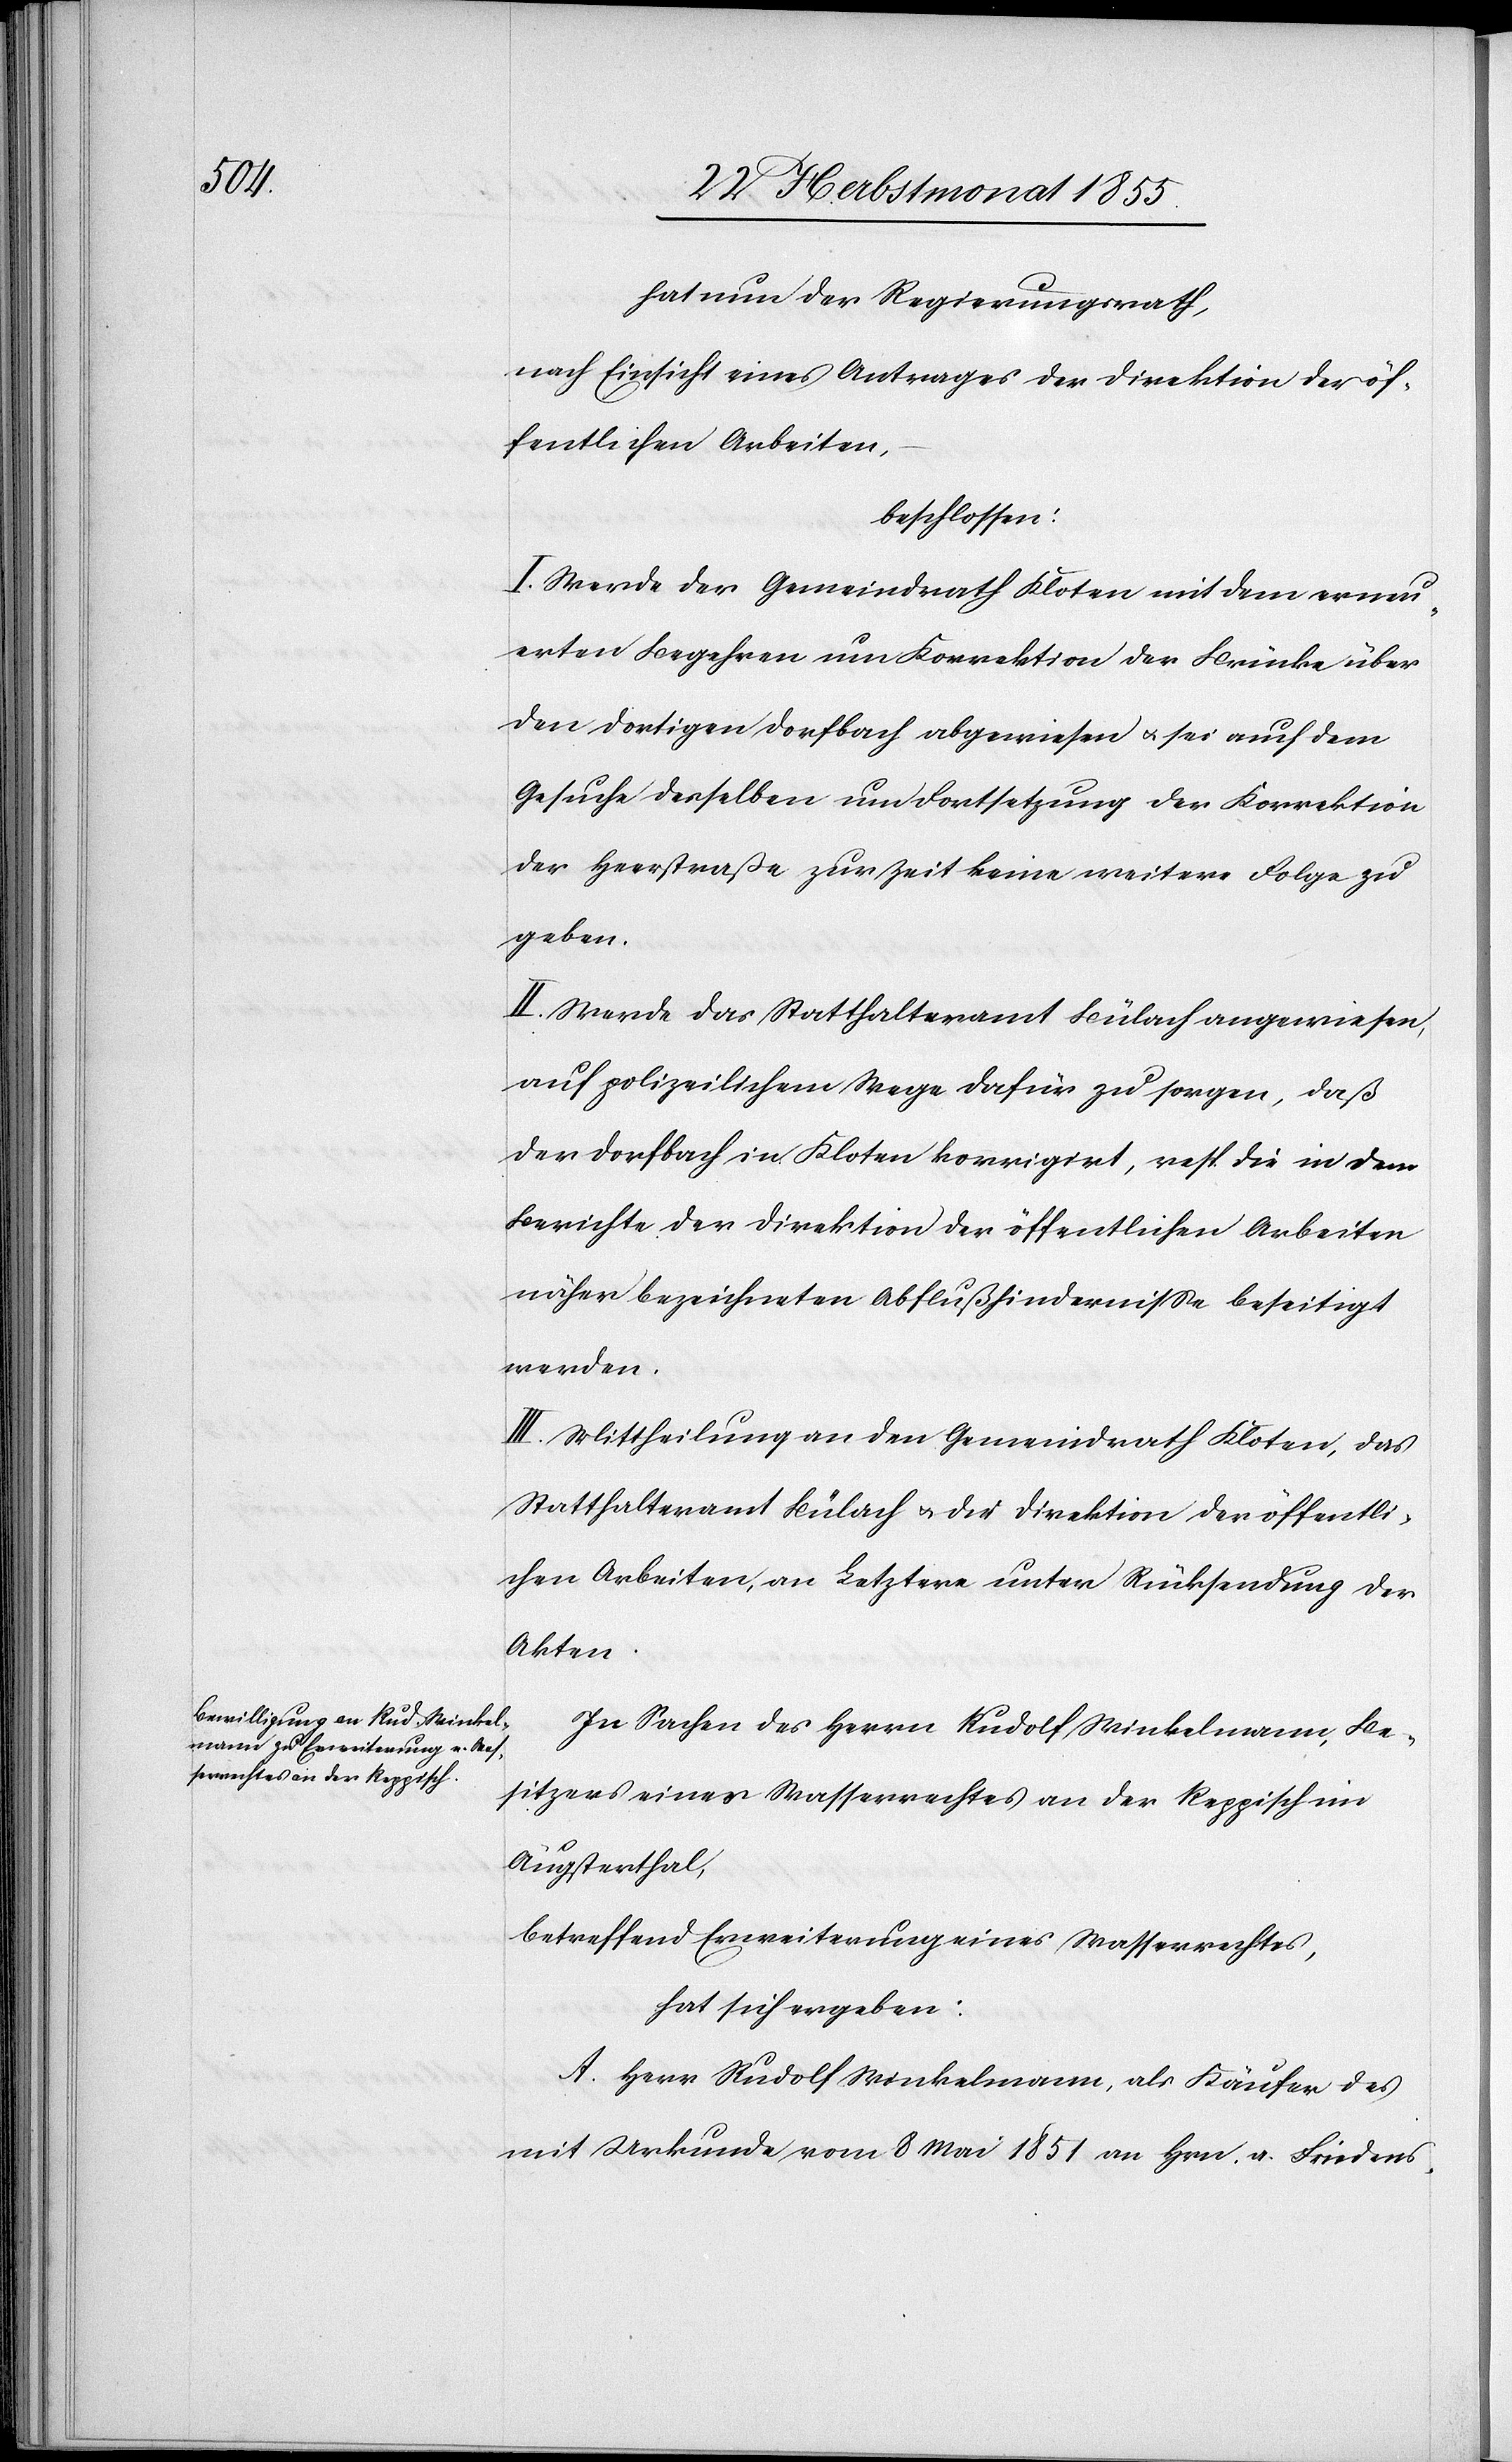
hat nun der Regierungsrath,
nach Einsicht eines Antrages der Direktion der öf¬
fentlichen Arbeiten,
beschlossen:
I. Werde der Gemeindrath Kloten mit dem erneu¬
erten Begehren um Korrektion der Brücke über
den dortigen Dorfbach abgewiesen & sei auch dem
Gesuche desselben um Fortsetzung der Korrektion
der Heerstraße zur Zeit keine weitere Folge zu
geben.
II. Werde das Statthalteramt Bülach angewiesen,
auf polizeilichem Wege dafür zu sorgen, daß
der Dorfbach in Kloten korrigirt, resp. die in dem
Berichte der Direktion der öffentlichen Arbeiten
näher bezeichneten Abflußhindernisse beseitigt
werden.
III. Mittheilung an den Gemeindrath Kloten, das
Statthalteramt Bülach & die Direktion der öffentli¬
chen Arbeiten, an Letztere unter Rücksendung der
Akten.
In Sachen des Herrn Rudolf Winkelmann, Be¬
sitzers eines Wasserrechtes an der Reppisch im
Äugsterthal,
betreffend Erweiterung eines Wasserrechtes,
hat sich ergeben:
A. Herr Rudolf Winkelmann, als Käufer des
mit Urkunde vom 8 Mai 1851 an Hrn. a. Friedens-